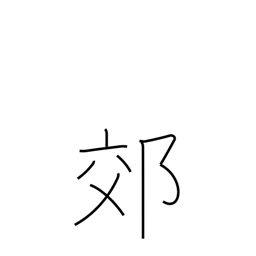
Meaning: outskirts